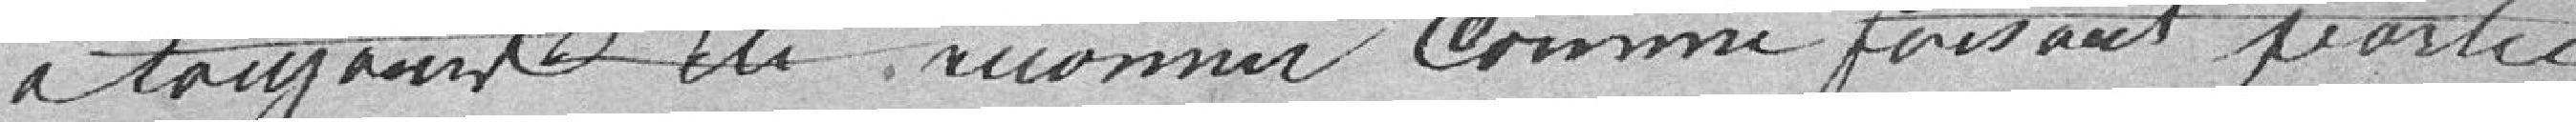
a toujours été reconnu comme faisant partie